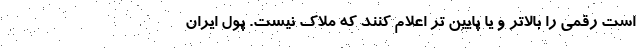
است رقمی را بالاتر و یا پایین تر اعلام کنند که ملاک نیست. پول ایران